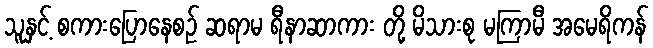
သူနှင့် စကားပြောနေစဉ် ဆရာမ ရီနာဆာကား တို့ မိသားစု မကြာမီ အမေရိကန်